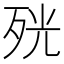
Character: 𭮋